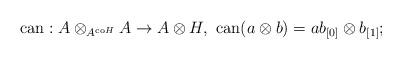
LaTeX: \begin{align*}\mathrm{can} : A \otimes_{A^{\mathrm{co}H}} A \rightarrow A \otimes H, \ \mathrm{can}(a \otimes b) = ab_{[0]} \otimes b_{[1]};\end{align*}